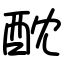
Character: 酖